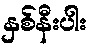
နှစ်နီးပါး